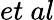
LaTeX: et~al